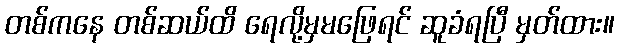
တစ်ကနေ တစ်ဆယ်ထိ ရေလို့မှမဖြေရင် ဆူခံရပြီ မှတ်ထား။